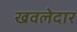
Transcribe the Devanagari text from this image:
खवलेदार